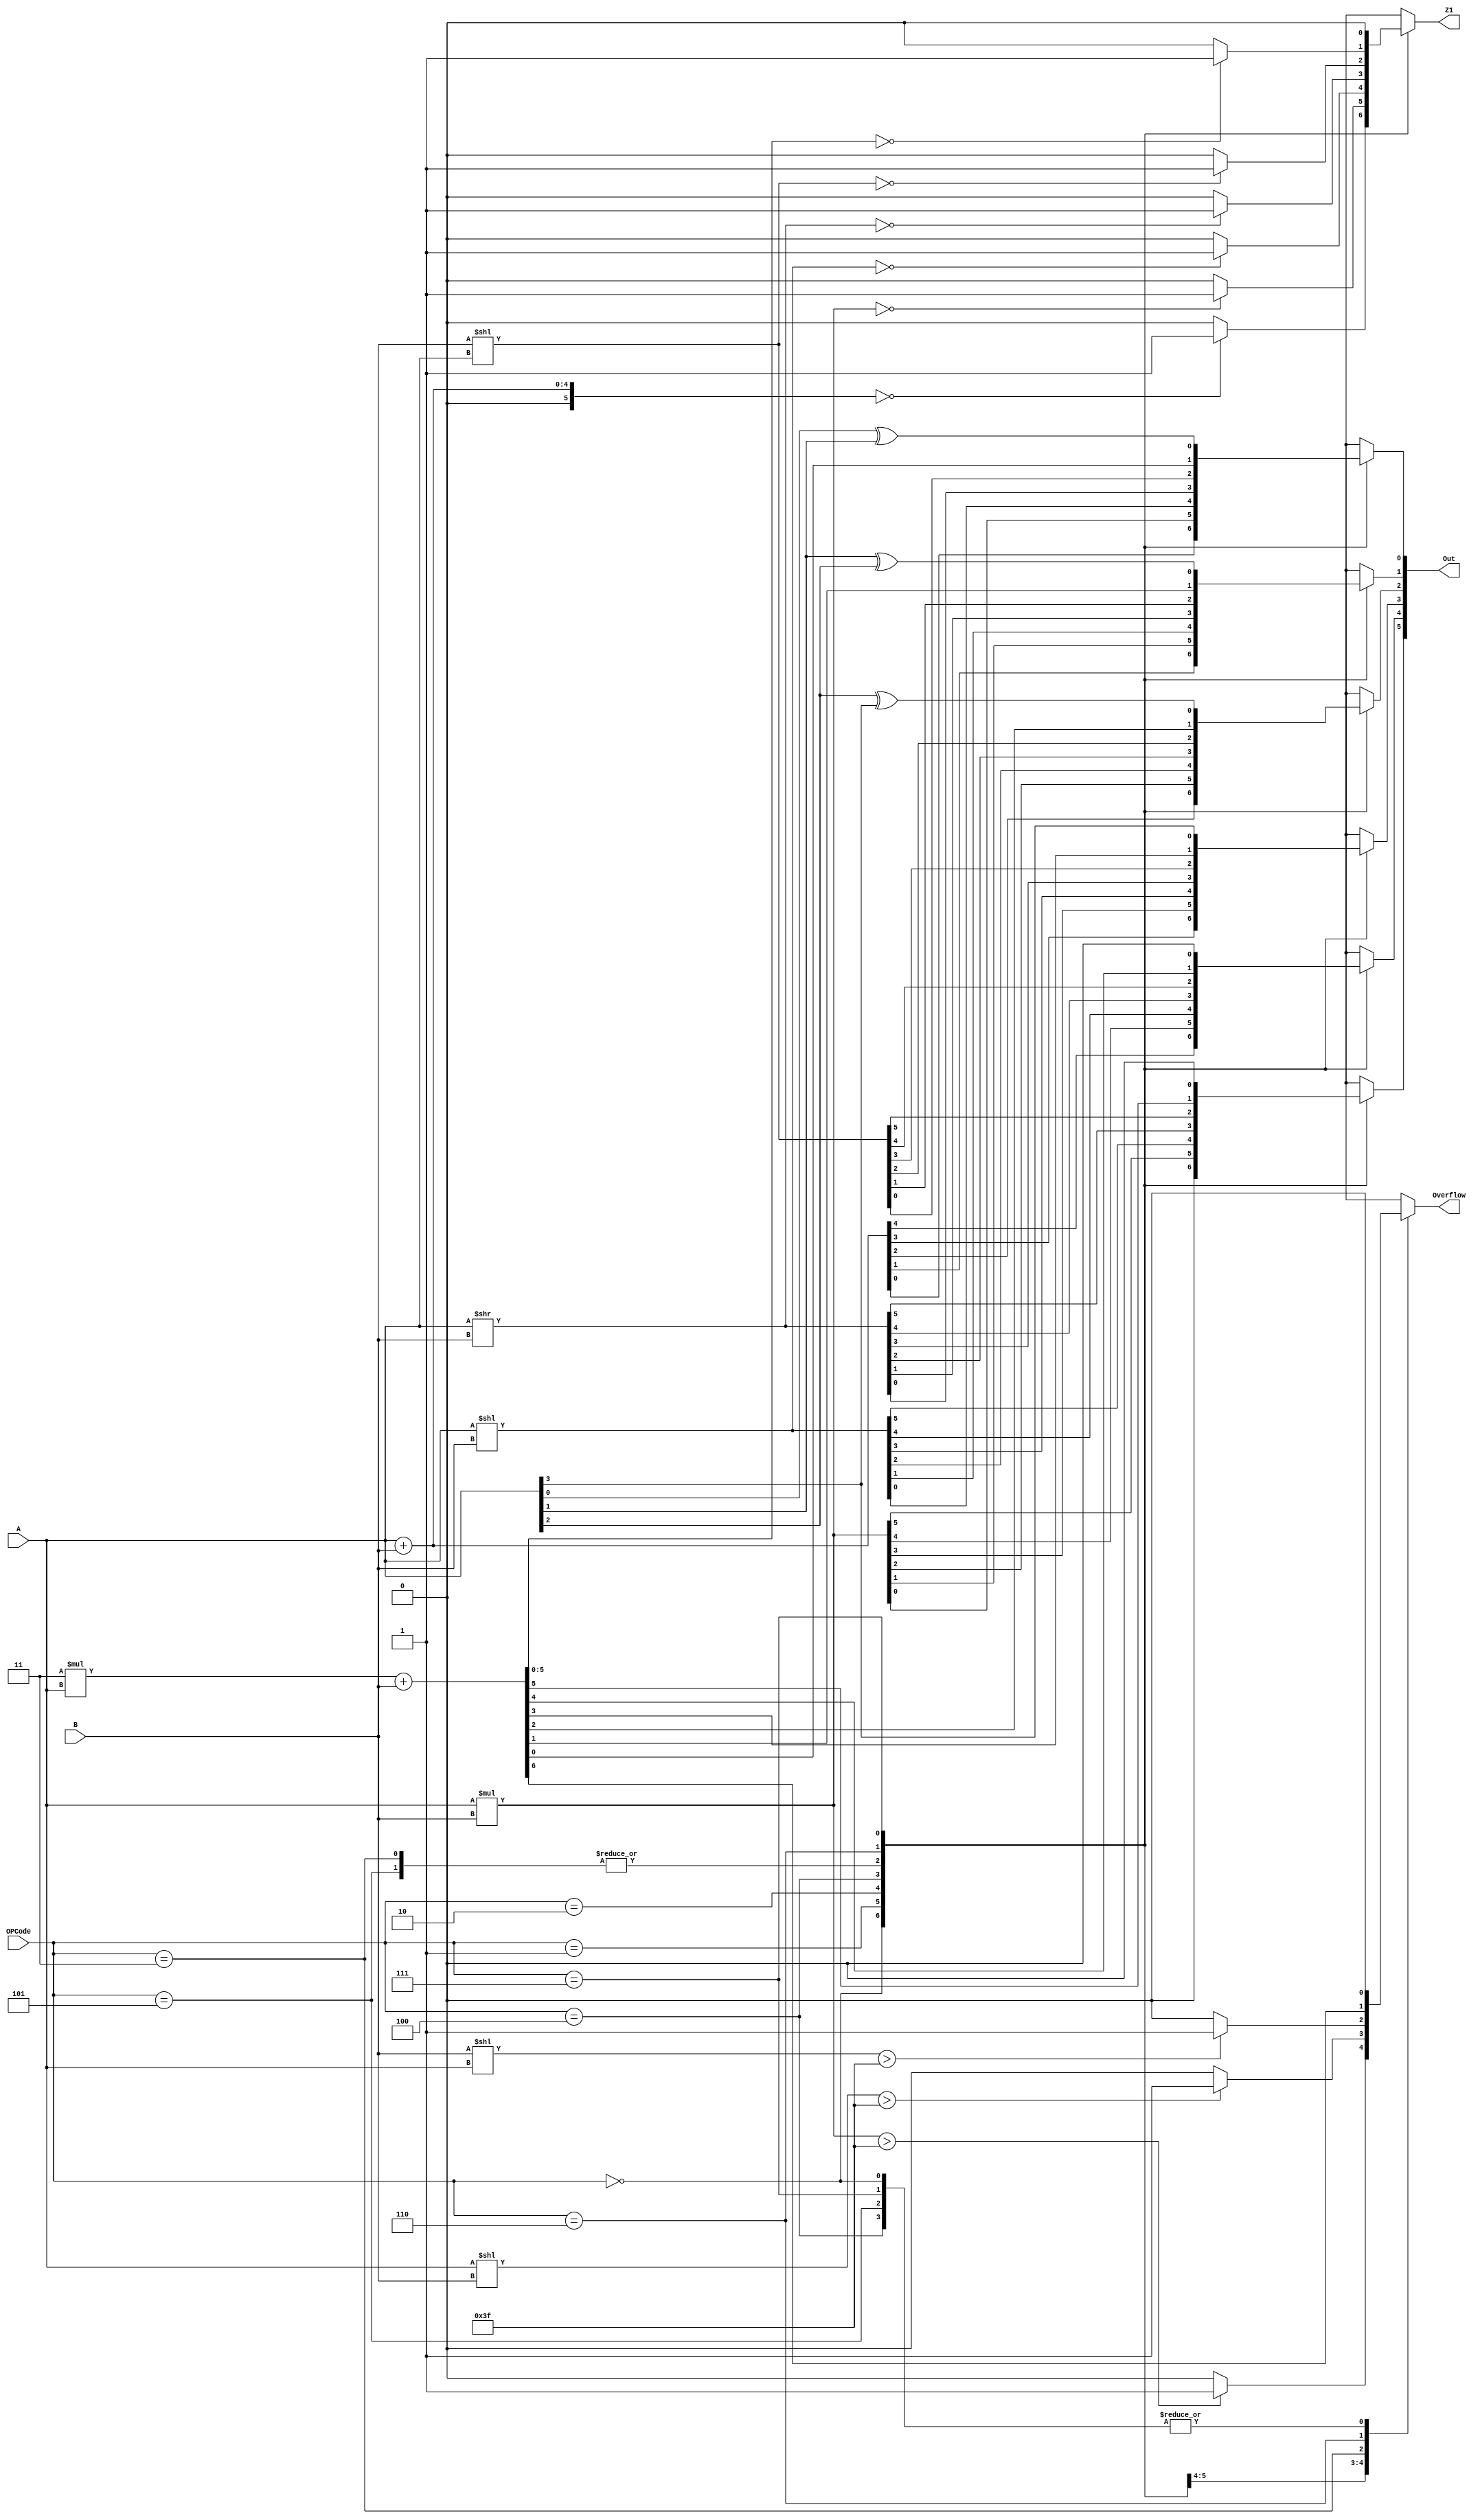
module ALU_3BIT_OPCode(
    input [3:0] A,
    input [3:0] B,
    input [2:0] OPCode,
    output [5:0] Out,
    output Overflow,
    output Z1
    );


reg [5:0] Out;
reg Overflow;
reg Z1;
integer i;


always @ (A, B, OPCode) begin
	case (OPCode)
	0: begin
			Out = A + B; 
			Overflow = 1'b0; 
			if (Out == 1'b0) Z1 = 1'b1;
			else Z1 = 1'b0;
		end
	1: begin 
			Out = A * B;
			
			if (Out > 63) Overflow = 1'b1;
			else Overflow = 1'b0;
			
			if (Out == 1'b0) Z1 = 1'b1;
			else Z1 = 1'b0;
		end
	2: begin
			Out = A << B;
			if (A << B > 63) Overflow = 1'b1;
			else Overflow = 1'b0;
			
			if (Out == 1'b0) Z1 = 1'b1;
			else Z1 = 1'b0;
	
		end
	3: begin
			Out = B << A;
			if (B << A > 63) Overflow = 1'b1;
			else Overflow = 1'b0;
			
			if (Out == 1'b0) Z1 = 1'b1;
			else Z1 = 1'b0;
	
		end
	4: begin
			Out = A >> B;
			Overflow = 0;
			if (Out == 1'b0) Z1 = 1'b1;
			else Z1 = 1'b0;
		end
	5: begin
			Out = B << A;
			Overflow = 0;
			if (Out == 1'b0) Z1 = 1'b1;
			else Z1 = 1'b0;
		end
	6: begin
			{Overflow, Out} = 3 * A + B;
			
			
			if (Out == 1'b0) Z1 = 1'b1;
			else Z1 = 1'b0;
		end
	7: begin
			for (i = 0; i < 3; i = i + 1)
				Out[i] = A[i] ^ A[i + 1];
			Out[3] = A[3];
			Out[4] = 0;
			Out[5] = 0;
			Overflow = 0;
			Z1 = 0;
		end
	
	default: begin
			Z1 = 0;
			Overflow = 0;
			Out = 0;
		end
	endcase
end

endmodule